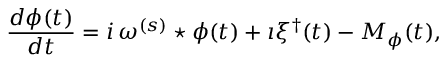
\frac { d \phi ( t ) } { d t } = i \, \omega ^ { ( s ) } \star \phi ( t ) + \imath \xi ^ { \dagger } ( t ) - M _ { \phi } ( t ) ,